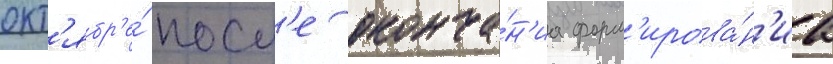
окт'ябр'е́ посл'е оконча́н'иа форм'ирова́н'иа